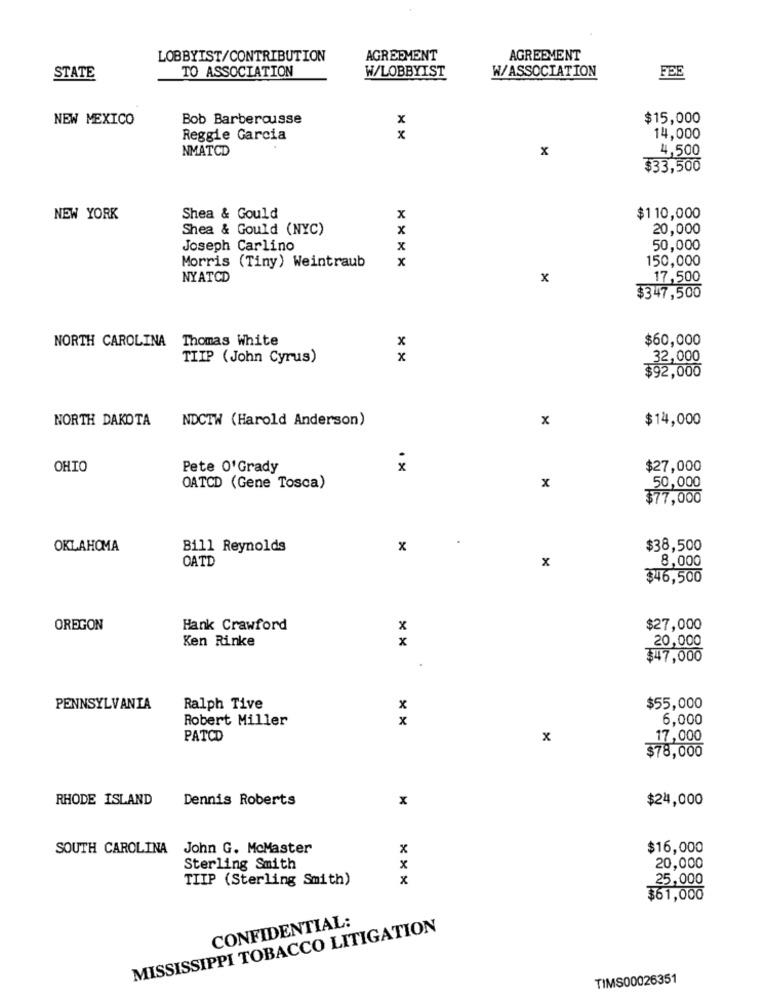
LOBBYIST/CONTRIBUTION
AGREEMENT
AGREEMENT
TO ASSOCIATION
W/ASSOCIATION
STATE
W/LOBBYIST
FEE
NEW MEXICO
Bob Barberousse
x
$15,000
Reggie Garcia
x
14,000
NMATCD
x
4,500
$33,500
NEW YORK
Shea & Gould
x
$110,000
Shea & Gould (NYC)
x
20,000
Joseph Carlino
x
50,000
x
150,000
Morris (Tiny) Weintraub
NYATCD
x
17,500
$347,500
NORTH CAROLINA
Thomas White
x
$60,000
TIIP (John Cyrus)
x
32,000
$92,000
NORTH DAKOTA
NDCTW (Harold Anderson)
x
$14,000
OHIO
Pete O'Grady
x
$27,000
OATCD (Gene Tosca)
x
.50,000
$77,000
OKLAHOMA
Bill Reynolds
x
$38,500
OATD
x
8,000
$46,500
OREGON
Hank Crawford
x
$27,000
Ken Rinke
x
20,000
$47,000
PENNSYLVANIA
Ralph Tive
x
$55,000
Robert Miller
x
6,000
PATCD
x
17,000
78,000
RHODE ISLAND
Dennis Roberts
x
$24,000
SOUTH CAROLINA
John G. McMaster
x
$16,000
Sterling Smith
20,000
TIIP (Sterling Smith)
x
25,000
$61,000
CONFIDENTIAL:
MISSISSIPPI TOBACCO LITIGATION
TIMS00026351